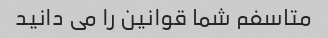
متاسفم شما قوانین را می دانید